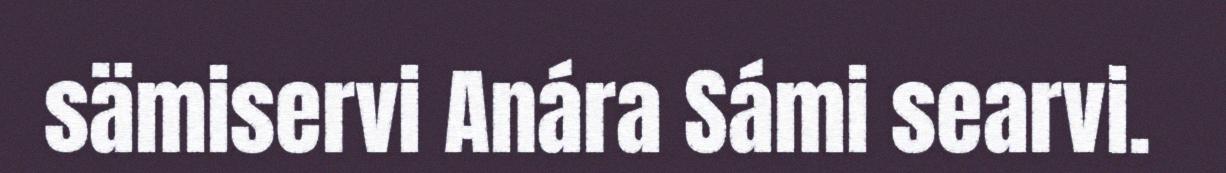
sämiservi Anára Sámi searvi.